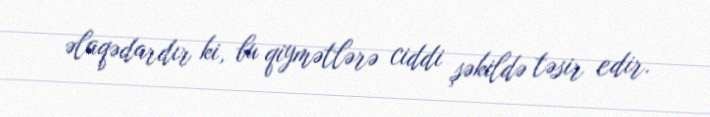
əlaqədardır ki, bu qiymətlərə ciddi şəkildə təsir edir.